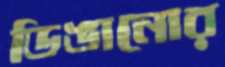
ডিঙানোর